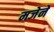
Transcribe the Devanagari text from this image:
मजेने